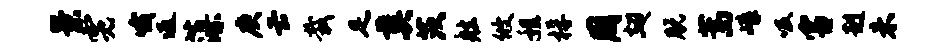
景霓哦返藻庚云栽足奠茨舷攸程桴周翅脱蒿嶂吸害赳未